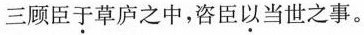
三顾臣于草庐之中，咨臣以当世之事。